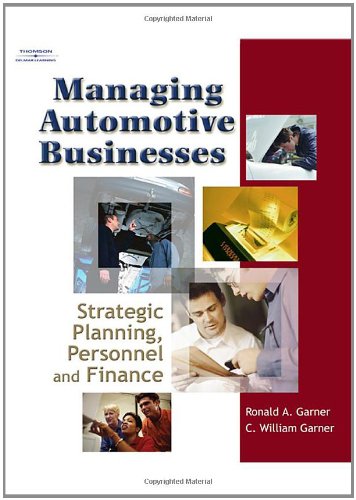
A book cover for Managing Automotive Businesses: Strategic Planning, Personnel and Finances; Ronald A Garner; Engineering & Transportation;